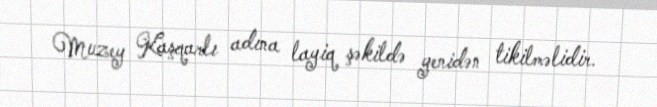
Muzey Kaşqarlı adına layiq şəkildə yenidən tikilməlidir.